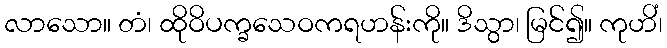
လာသော။ တံ၊ ထိုဝိပက္ခသေဝကရဟန်းကို။ ဒိသွာ၊ မြင်၍။ ကုဟိံ၊